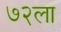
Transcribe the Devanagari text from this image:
७२ला